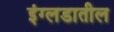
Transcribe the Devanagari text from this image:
इंग्लडातील